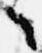
々